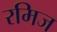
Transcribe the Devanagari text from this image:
रमिज